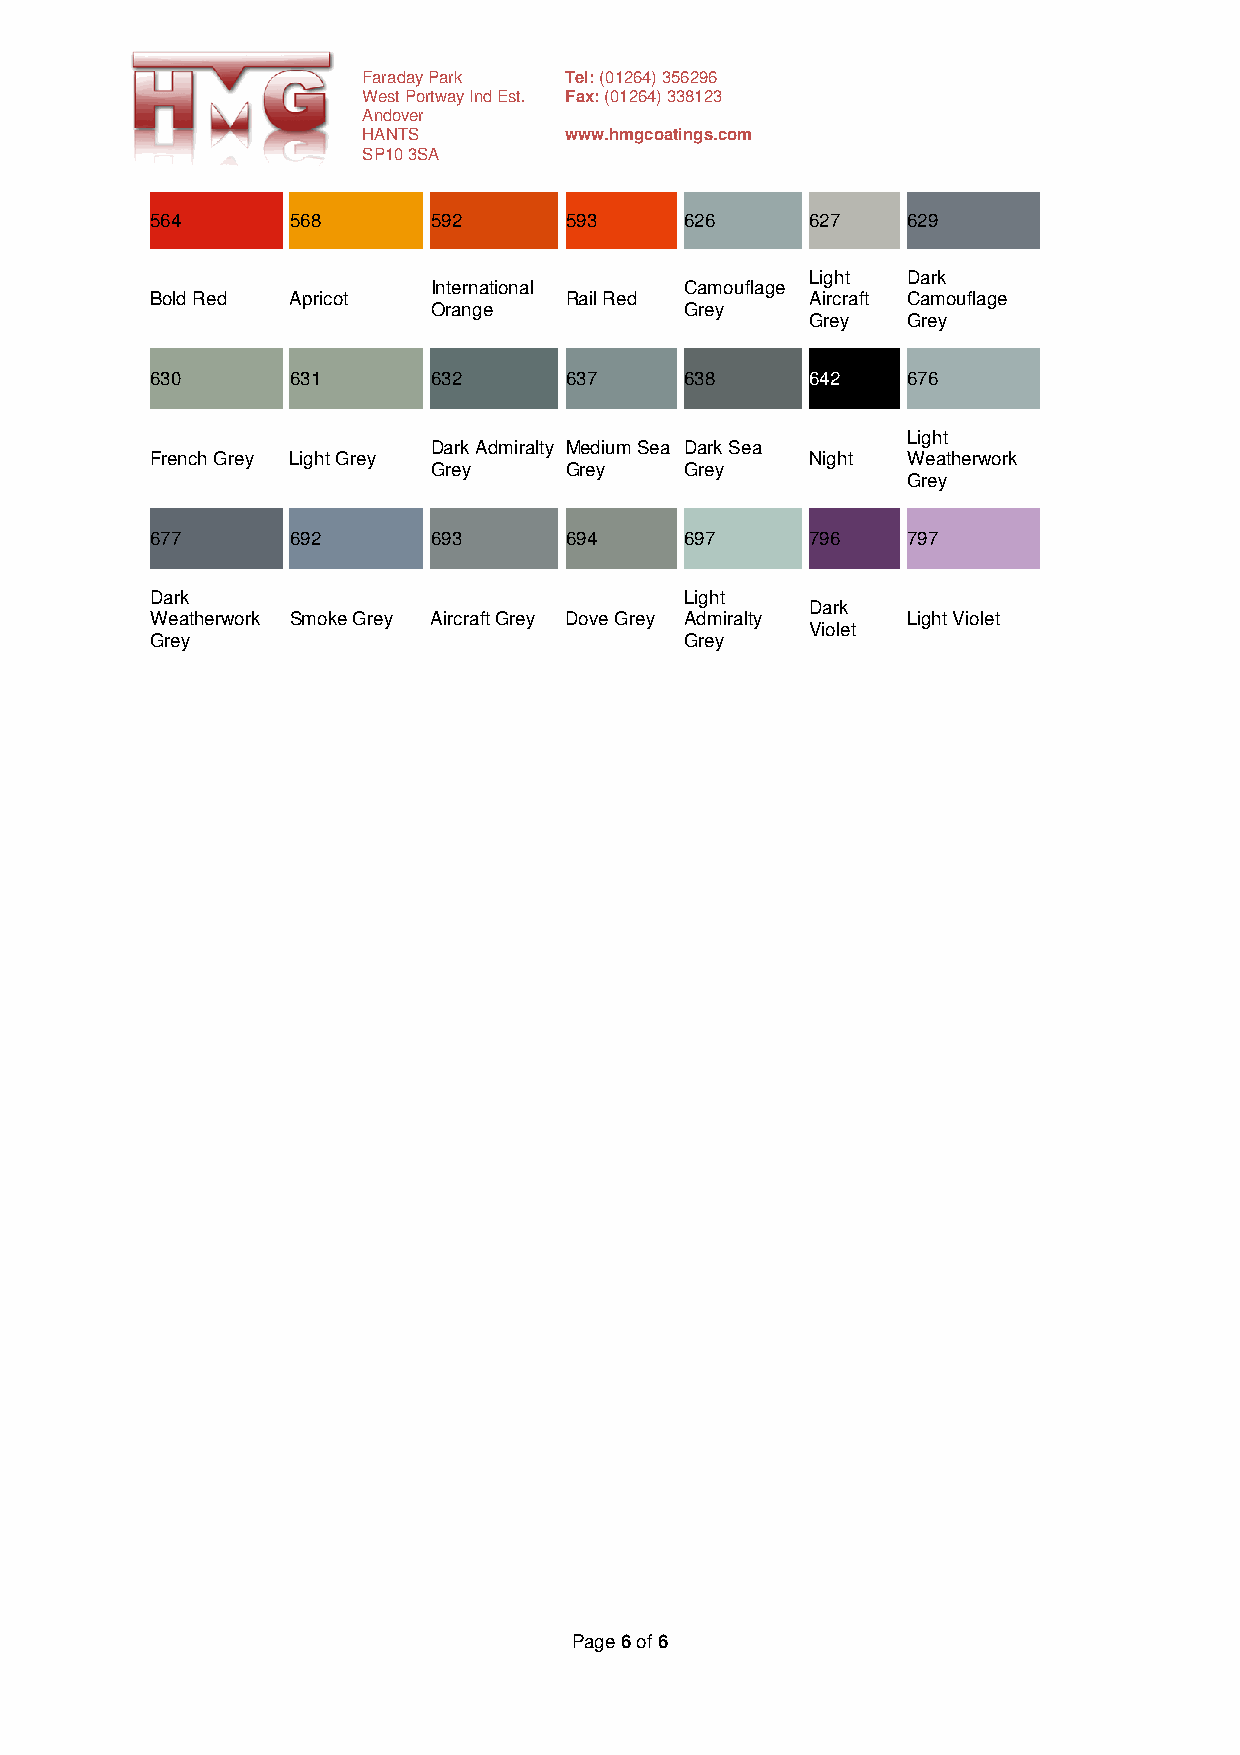
Faraday Park Tel: (01264) 356296
 West Portway Ind Est. Fax: (01264) 338123
 Andover
 HANTS        www.hmgcoatings.com
 SP10 3SA
 564      568       592     593     626      627   629
 Light Dark
 International   Camouflage
 Bold Red Apricot           Rail Red         Aircraft Camouflage
 Orange          Grey
 Grey  Grey
 630      631       632     637     638      642   676
 Light
 Dark Admiralty Medium Sea Dark Sea
 French Grey Light Grey                      Night Weatherwork
 Grey    Grey    Grey
 Grey
 677      692       693     694     697      796   797
 Dark                               Light
 Dark
 Weatherwork Smoke Grey Aircraft Grey Dove Grey Admiralty Light Violet
 Violet
 Grey                               Grey
 Page 6 of 6